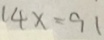
1 4 x = 9 1